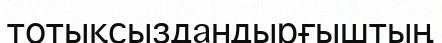
тотықсыздандырғыштың